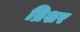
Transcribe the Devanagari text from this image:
ब्रिशर